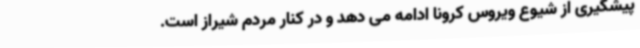
پیشگیری از شیوع ویروس کرونا ادامه می دهد و در کنار مردم شیراز است.